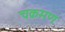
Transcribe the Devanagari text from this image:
चक्रमण